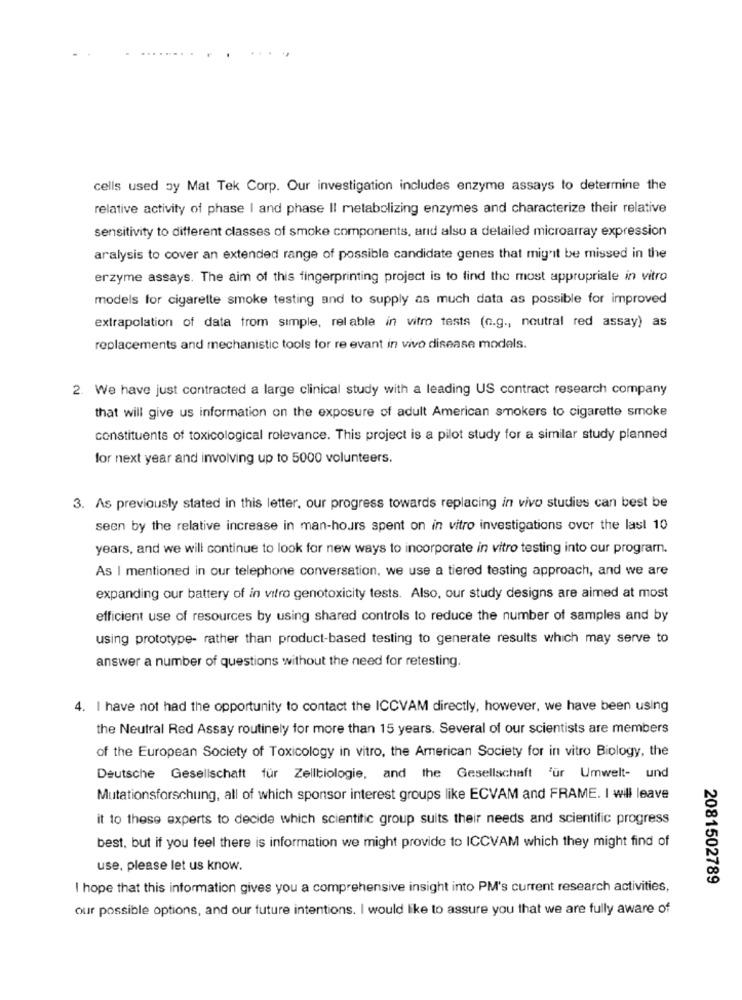
cells used by Mat Tek Corp. Our investigation includes enzyme assays to determine the
relative activity of phase I and phase II metabolizing enzymes and characterize their relative
sensitivity to different classes of smoke components, and also a detailed microarray expression
aralysis to cover an extended range of possible candidate genes that mig'it be missed in the
erzyme assays. The aim of this fingerprinting project is to find the most appropriale in vitro
models for cigarette smoke testing and to supply as much data as possible for improved
extrapolation of data from simple, rel able in vitro tests (c.g ., neutral red assay) as
replacements and mechanistic tools for re evant in vivo disease models.
2. We have just contracted a large clinical study with a leading US contract research company
that will give us information on the exposure of adult American smokers to cigarette smoke
constituents of toxicological rolevance. This project is a pilot study for a similar study planned
for next year and involving up to 5000 volunteers.
3. As previously stated in this letter, our progress towards replacing in vivo studies can best be
seen by the relative increase in man-hours spent on in vitro investigations over the last 10
years, and we will continue to look for new ways to incorporate in vitro testing into our program.
As I mentioned in our telephone conversation, we use a tiered testing approach, and we are
expanding our battery of in vitro genotoxicity tests. Also, our study designs are aimed at most
efficient use of resources by using shared controls to reduce the number of samples and by
using prototype- rather than product-based testing to generate results which may serve to
answer a number of questions without the need for retesting.
4. I have not had the opportunity to contact the ICCVAM directly, however, we have been using
the Neutral Red Assay routinely for more than 15 years. Several of our scientists are members
of the European Society of Toxicology in vitro, the American Society for in vitro Biology, the
Deutsche Gesellschaft für Zellbiologie, and the Gesellschaft Für Umwelt- und
Mutationsforschung, all of which sponsor interest groups like ECVAM and FRAME. I will leave
it to these experts to decide which scientific group suits their needs and scientific progress
best, but if you feel there is information we might provide to ICCVAM which they might find of
use, please let us know.
2081502789
I hope that this information gives you a comprehensive insight into PM's current research activities,
our possible options, and our future intentions. I would like to assure you that we are fully aware of